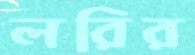
লরির